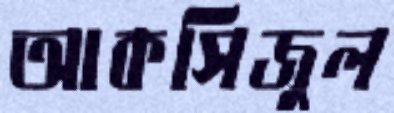
আকসিজুল